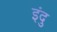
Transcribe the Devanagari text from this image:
इंदु